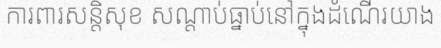
ការពារសន្តិសុខ សណ្តាប់ធ្នាប់នៅក្នុងដំណើរយាង